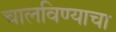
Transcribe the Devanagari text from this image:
चालविण्‍याचा